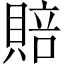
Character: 賠